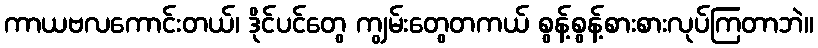
ကာယဗလကောင်းတယ်၊ ဒိုင်ပင်တွေ ကျွမ်းတွေတကယ် စွန့်စွန့်စားစားလုပ်ကြတာဘဲ။